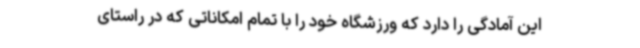
این آمادگی را دارد که ورزشگاه خود را با تمام امکاناتی که در راستای